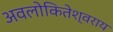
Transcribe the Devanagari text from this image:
अवलोकितेश्वराय